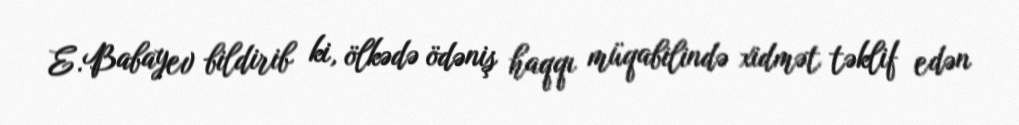
E.Babayev bildirib ki, ölkədə ödəniş haqqı müqabilində xidmət təklif edən